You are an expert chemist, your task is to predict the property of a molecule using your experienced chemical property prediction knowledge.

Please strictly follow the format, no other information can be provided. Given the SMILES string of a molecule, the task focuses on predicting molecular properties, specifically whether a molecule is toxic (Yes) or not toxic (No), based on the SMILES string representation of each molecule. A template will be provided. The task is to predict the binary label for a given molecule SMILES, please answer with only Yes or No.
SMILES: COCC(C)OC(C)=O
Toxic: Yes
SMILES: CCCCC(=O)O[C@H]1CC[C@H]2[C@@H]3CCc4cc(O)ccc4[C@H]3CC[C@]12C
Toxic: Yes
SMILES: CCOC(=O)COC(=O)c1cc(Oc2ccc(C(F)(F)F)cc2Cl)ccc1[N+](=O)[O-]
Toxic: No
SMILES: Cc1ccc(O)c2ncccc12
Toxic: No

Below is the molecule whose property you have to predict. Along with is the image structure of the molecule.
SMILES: COc1cc2[nH]c(C)c(CCN3CCN(c4ccccc4)CC3)c2cc1OC
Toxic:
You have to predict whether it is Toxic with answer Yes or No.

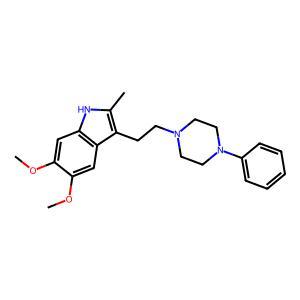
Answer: No